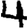
Digit: 4